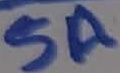
Text: 5A